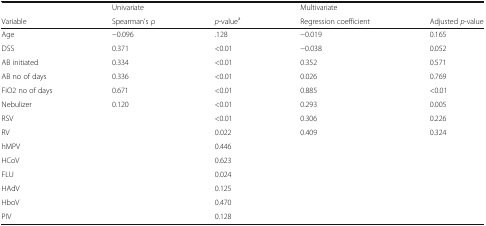
<table><thead><tr><td></td><td><b>Univariate</b></td><td></td><td><b>Multivariate</b></td><td></td></tr><tr><td><b>Variable</b></td><td><b>Spearman’s ρ</b></td><td><b><i>p</i>-value<sup>a</sup></b></td><td><b>Regression coefficient</b></td><td><b>Adjusted <i>p</i>-value</b></td></tr></thead><tbody><tr><td>Age</td><td>−0.096</td><td>.128</td><td>−0.019</td><td>0.165</td></tr><tr><td>DSS</td><td>0.371</td><td>&lt;0.01</td><td>−0.038</td><td>0.052</td></tr><tr><td>AB initiated</td><td>0.334</td><td>&lt;0.01</td><td>0.352</td><td>0.571</td></tr><tr><td>AB no of days</td><td>0.336</td><td>&lt;0.01</td><td>0.026</td><td>0.769</td></tr><tr><td>FiO2 no of days</td><td>0.671</td><td>&lt;0.01</td><td>0.885</td><td>&lt;0.01</td></tr><tr><td>Nebulizer</td><td>0.120</td><td>&lt;0.01</td><td>0.293</td><td>0.005</td></tr><tr><td>RSV</td><td></td><td>&lt;0.01</td><td>0.306</td><td>0.226</td></tr><tr><td>RV</td><td></td><td>0.022</td><td>0.409</td><td>0.324</td></tr><tr><td>hMPV</td><td></td><td>0.446</td><td></td><td></td></tr><tr><td>HCoV</td><td></td><td>0.623</td><td></td><td></td></tr><tr><td>FLU</td><td></td><td>0.024</td><td></td><td></td></tr><tr><td>HAdV</td><td></td><td>0.125</td><td></td><td></td></tr><tr><td>HboV</td><td></td><td>0.470</td><td></td><td></td></tr><tr><td>PIV</td><td></td><td>0.128</td><td></td><td></td></tr></tbody></table>